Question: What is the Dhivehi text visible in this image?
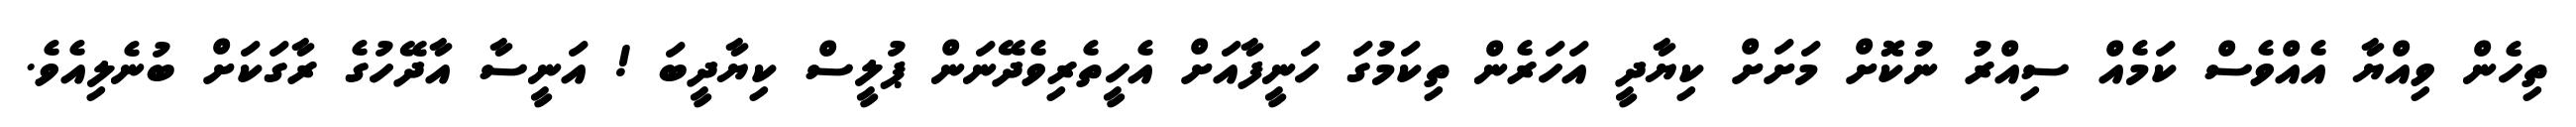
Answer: ތިހެން ވިއްޔާ އެއްވެސް ކަމެއް ސިއްރު ނުކޮށް މަށަށް ކިޔާދީ އަހަރެން ތިކަމުގަ ހަނީފާއަށް އެހީތެރިވެދޭނަން ޕުލީސް ކިޔާދީބަ ! އަނީސާ އާދޭހުގެ ރާގަކަށް ބުނެލިއެވެ.